Report on lock hospitals in British Burma
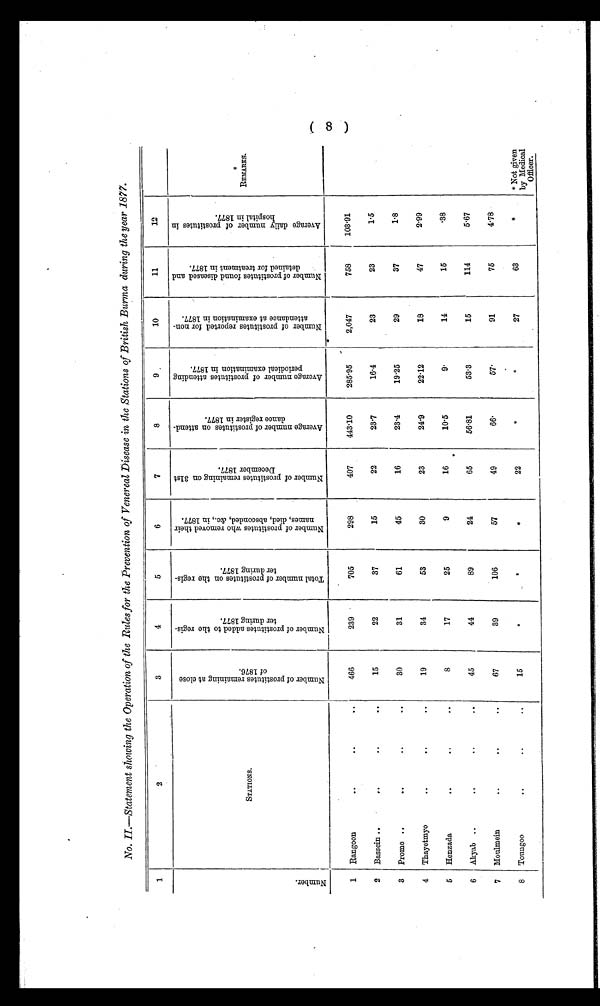
No. II.—Statement showing the Operation of the Rules for the Prevention of Venereal Disease in the Stations of British Burma during the year 1877.
1
2
3
4
5
6
7
8
9
10
11
12
N u m b e r .
STATIONS.
N u m b e r o f P r o s t i t u t e s r e m a i n i n g a t c l o s s o f 1 8 7 6 .
N u m b e r o f P r o s t i t u t e s a d d e d t o t h e r e g i s -
t e r d u r i n g 1 8 7 7 .
T o t a l n u m b e r o f
P r o s t i t u t e s o n t h e r e g i s - t e r d u r i n g 1 8 7 7 .
N u m b e r o f p r o s t i t u t e s w h o r e m o v e d t h e i n a m e s , d i e d , a b s c o n d e d , & c . , i n 1 8 7 7 .
N u m b e r o f P r o s t i t u t e s r e m a i n i n g o n 3 1 s t D e c e m b e r 1 8 7 7 .
A v e r a g e n u m b e r o f P r o s t i t u t e s o n a t t e n d -
d a n c e r e g i s t e r i n 1 8 7 7 .
A v e r a g e n u m b e r o f P r o s t i t u t e s a t t e n d i n g p e r i o d i c a l e x a m i n a t i o n i n 1 8 7 7 .
N u m b e r o f P r o s t i t u t e s r e p o r t e d f o r n o n - a t t e n d a n c e a t e x a m i n a t i o n i n 1 8 7 7 .
N u m b e r o f p r o s t i t u t e s f o u n d d i s e a s e d a n d d e t a i n e d f o r t r e a t m e n t i n 1 8 7 7 .
A v e r a g e d a i l y n u m b e r o f p r o s t i t u t e s i n
h o s p i t a l i n 1 8 7 7 .
REMARKS.
1
Rangoon
. .
. .
..
466
239
705
298
407
443.10
285.95
2,047
758
103.91
2
Bassein ..
..
. .
. .
15
22
37
15
22
23.7
16.4
23
23
1.5
3
Prome ..
..
..
..
30
31
61
45
16
23.4
19.25
29
37
1 . 8
4
Thayetmyo
..
..
. .
19
34
53
30
23
24.9
22.12
18
47
2.99
5
Henzada
. .
. .
..
8
17
25
9
16
10.5
9
14
15
38
6
Akyab ..
. .
..
..
45
44
89
24
65
56.81
53.3
15
114
5.67
7
Moulmein
..
. .
. .
67
39
106
57
49
66
57
91
75
4.78
8
Toungoo
. .
..
. .
15
*
*
*
22
*
*
27
63
*
* Not given
by Medical
Officer.
(8)